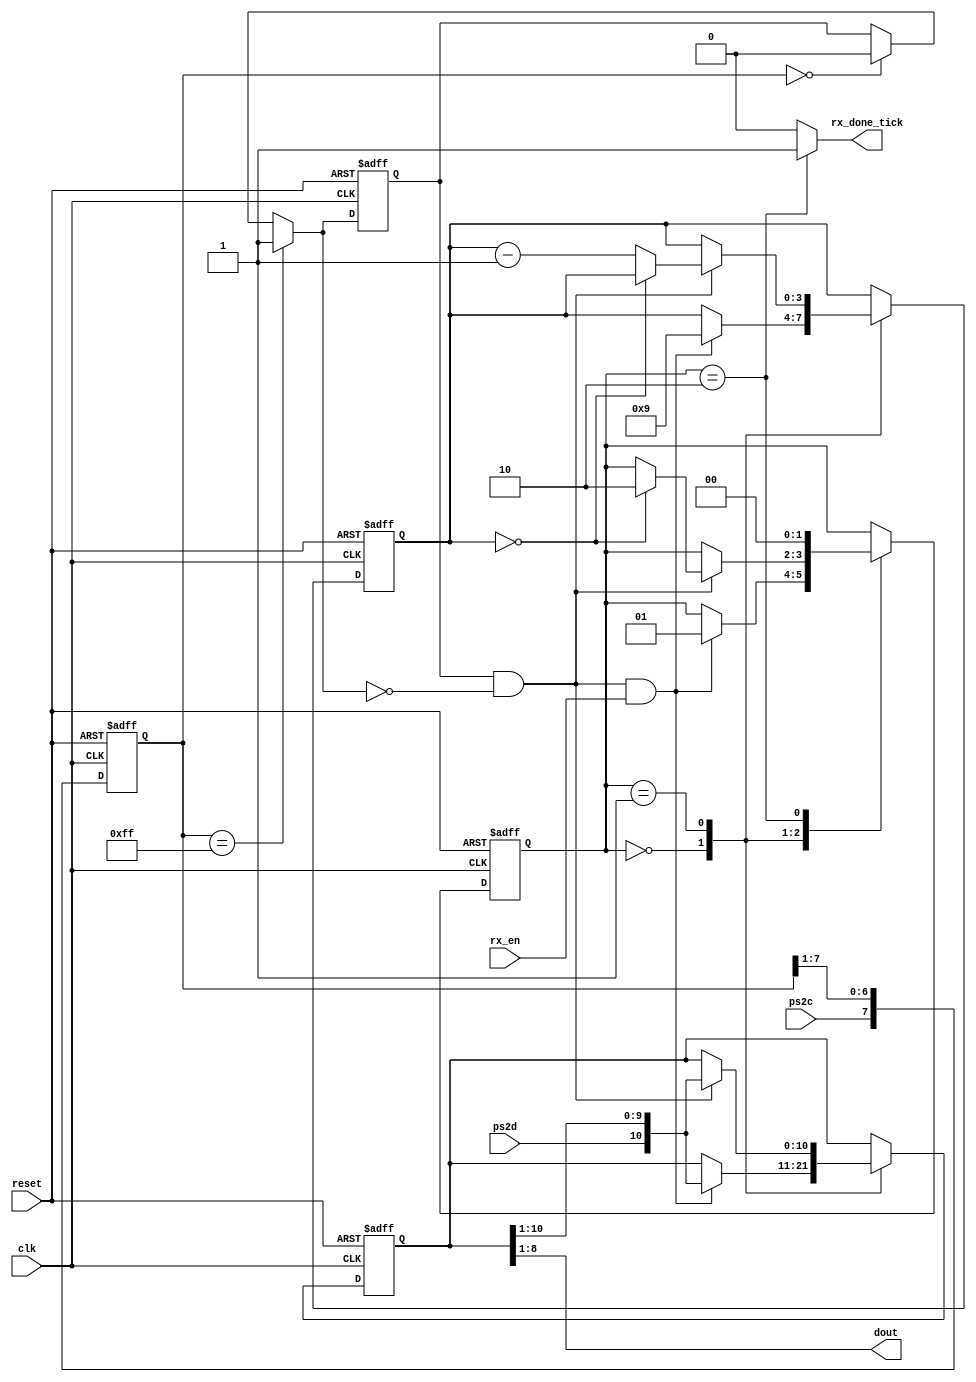
module ps2_rx
   (
    input wire clk, reset,
    input wire ps2d, ps2c, rx_en,
    output reg rx_done_tick,
    output wire [7:0] dout
   );

   // symbolic state declaration
   localparam [1:0]
      idle = 2'b00,
      dps  = 2'b01,
      load = 2'b10;

   // signal declaration
   reg [1:0] state_reg, state_next;
   reg [7:0] filter_reg;
   wire [7:0] filter_next;
   reg f_ps2c_reg;
   wire f_ps2c_next;
   reg [3:0] n_reg, n_next;
   reg [10:0] b_reg, b_next;
   wire fall_edge;

   // body
   //=================================================
   // filter and falling-edge tick generation for ps2c
   //=================================================
   always @(posedge clk, posedge reset)
   if (reset)
      begin
         filter_reg <= 0;
         f_ps2c_reg <= 0;
      end
   else
      begin
         filter_reg <= filter_next;
         f_ps2c_reg <= f_ps2c_next;
      end

   assign filter_next = {ps2c, filter_reg[7:1]};
   assign f_ps2c_next = (filter_reg==8'b11111111) ? 1'b1 :
                        (filter_reg==8'b00000000) ? 1'b0 :
                         f_ps2c_reg;
   assign fall_edge = f_ps2c_reg & ~f_ps2c_next;

   //=================================================
   // FSMD
   //=================================================
   // FSMD state & data registers
   always @(posedge clk, posedge reset)
      if (reset)
         begin
            state_reg <= idle;
            n_reg <= 0;
            b_reg <= 0;
         end
      else
         begin
            state_reg <= state_next;
            n_reg <= n_next;
            b_reg <= b_next;
         end
   // FSMD next-state logic
   always @*
   begin
      state_next = state_reg;
      rx_done_tick = 1'b0;
      n_next = n_reg;
      b_next = b_reg;
      case (state_reg)
         idle:
            if (fall_edge & rx_en)
               begin
                  // shift in start bit
                  b_next = {ps2d, b_reg[10:1]};
                  n_next = 4'b1001;
                  state_next = dps;
               end
         dps: // 8 data + 1 parity + 1 stop
            if (fall_edge)
               begin
                  b_next = {ps2d, b_reg[10:1]};
                  if (n_reg==0)
                     state_next = load;
                  else
                     n_next = n_reg - 1;
               end
         load: // 1 extra clock to complete the last shift
            begin
               state_next = idle;
               rx_done_tick = 1'b1;
            end
      endcase
   end
   // output
   assign dout = b_reg[8:1]; // data bits

endmodule